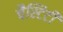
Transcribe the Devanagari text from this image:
चैस्टिटी